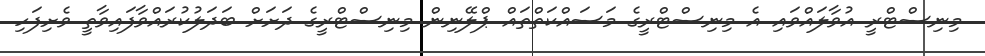
މިނިސްޓްރީ އުވާލައްވައި އެ މިނިސްޓްރީގެ މަސައްކަތްތައް ޕްލޭނިން މިނިސްޓްރީގެ ދަށަށް ބަދަލުކުރައްވާފައިވާތީ ވެށިފަހި